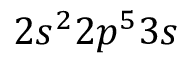
2 s ^ { 2 } 2 p ^ { 5 } 3 s